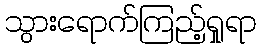
သွားရောက်ကြည့်ရှုရာ